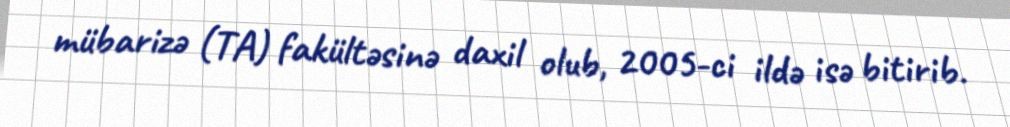
mübarizə (TA) fakültəsinə daxil olub, 2005-ci ildə isə bitirib.